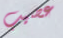
عصيب